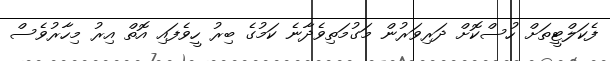
ފެކަލްޓީތަށް ހުސްކޮށް ދަރިވަރުން މަގުމަތިވެދާނެ ކަމުގެ ބިރު ހީވެފައި އޮތް އިރު މިހާރުވެސް